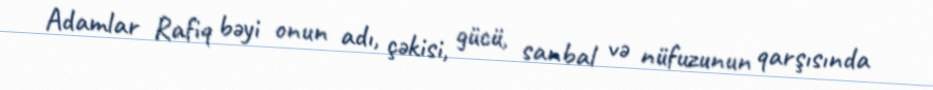
Adamlar Rafiq bəyi onun adı, çəkisi, gücü, sanbal və nüfuzunun qarşısında